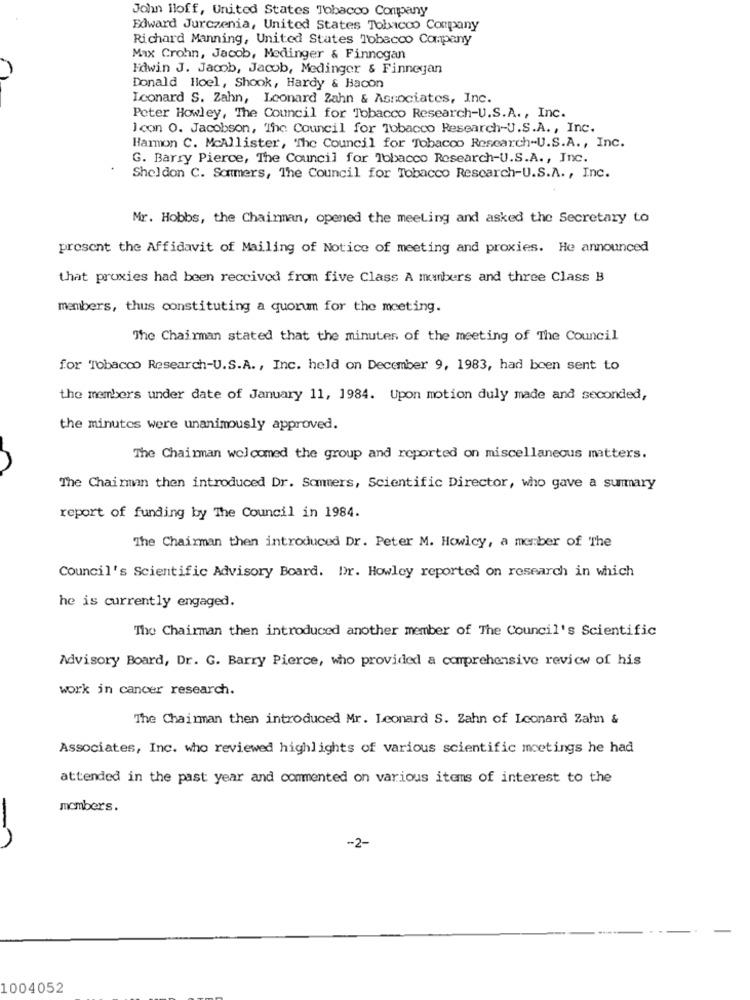
John Hoff, United States Tobacco Company
Edward Jurczenia, United States Tobacco Company
Richard Manning, United States Tobacco Company
Max Crohn, Jacob, Medinger & Finnegan
Edwin J. Jacob, Jacob, Medinger & Finnegan
Donald Hoel, Shook, Hardy & Bacon
Iconard S. Zahn, Leonard Zahn & Associates, Inc.
Peter Howley, The Council for Tobacco Research-U.S.A ., Inc.
Icon O. Jacobson, The Council for Tobacco Research-U.S.A ., Inc.
Harmon C. McAllister, 'The Council for Tobacco Research-U.S.A ., Inc.
G. Barry Pierce, The Council for Tobacco Research-U.S.A ., Inc.
Sheldon C. Sommers, The Council for Tobacco Research-U.S.A ., Inc.
Mr. Hobbs, the Chairman, opened the meeting and asked the Secretary to
prosent the Affidavit of Mailing of Notice of meeting and proxies. He announced
that proxies had been received from five Class A monbers and three Class B
members, thus constituting a quorum for the meeting.
The Chairman stated that the minutes of the meeting of The Council
for Tobacco Research-U.S.A ., Inc. held on December 9, 1983, had been sent to
the members under date of January 11, 1984. Upon motion duly made and seconded,
the minutes were unanimously approved.
The Chairman welcomed the group and reported on miscellaneous matters.
The Chairman then introduced Dr. Sommers, Scientific Director, who gave a summary
report of funding by The Council in 1984.
The Chairman then introduced Dr. Peter M. Howlcy, a member of The
Council's Scientific Advisory Board. br. Howley reported on research in which
he is currently engaged.
The Chairman then introduced another member of The Council's Scientific
Advisory Board, Dr. G. Barry Pierce, who provided a comprehensive review of his
work in cancer research.
The Chairman then introduced Mr. Leonard S. Zahn of Leonard Zahn &
Associates, Inc. who reviewed highlights of various scientific meetings he had
attended in the past year and commented on various items of interest to the
members.
-2-
1004052